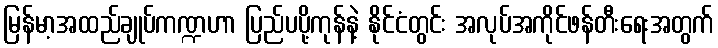
မြန်မာ့အထည်ချုပ်ကဏ္ဍဟာ ပြည်ပပို့ကုန်နဲ့ နိုင်ငံတွင်း အလုပ်အကိုင်ဖန်တီးရေးအတွက်